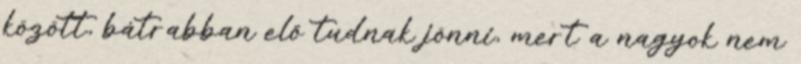
között, bátrabban elő tudnak jönni, mert a nagyok nem